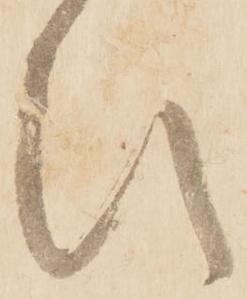
ひ